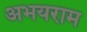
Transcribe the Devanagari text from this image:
अभयराम